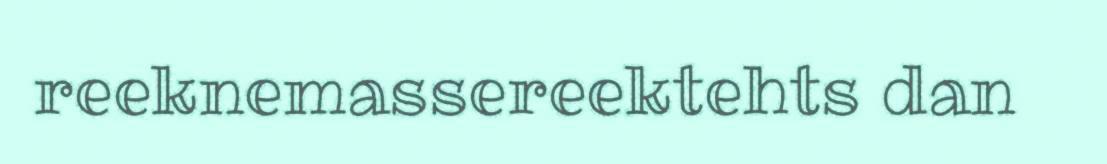
reeknemassereektehts dan